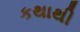
કથાથી